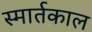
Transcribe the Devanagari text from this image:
स्मार्तकाल